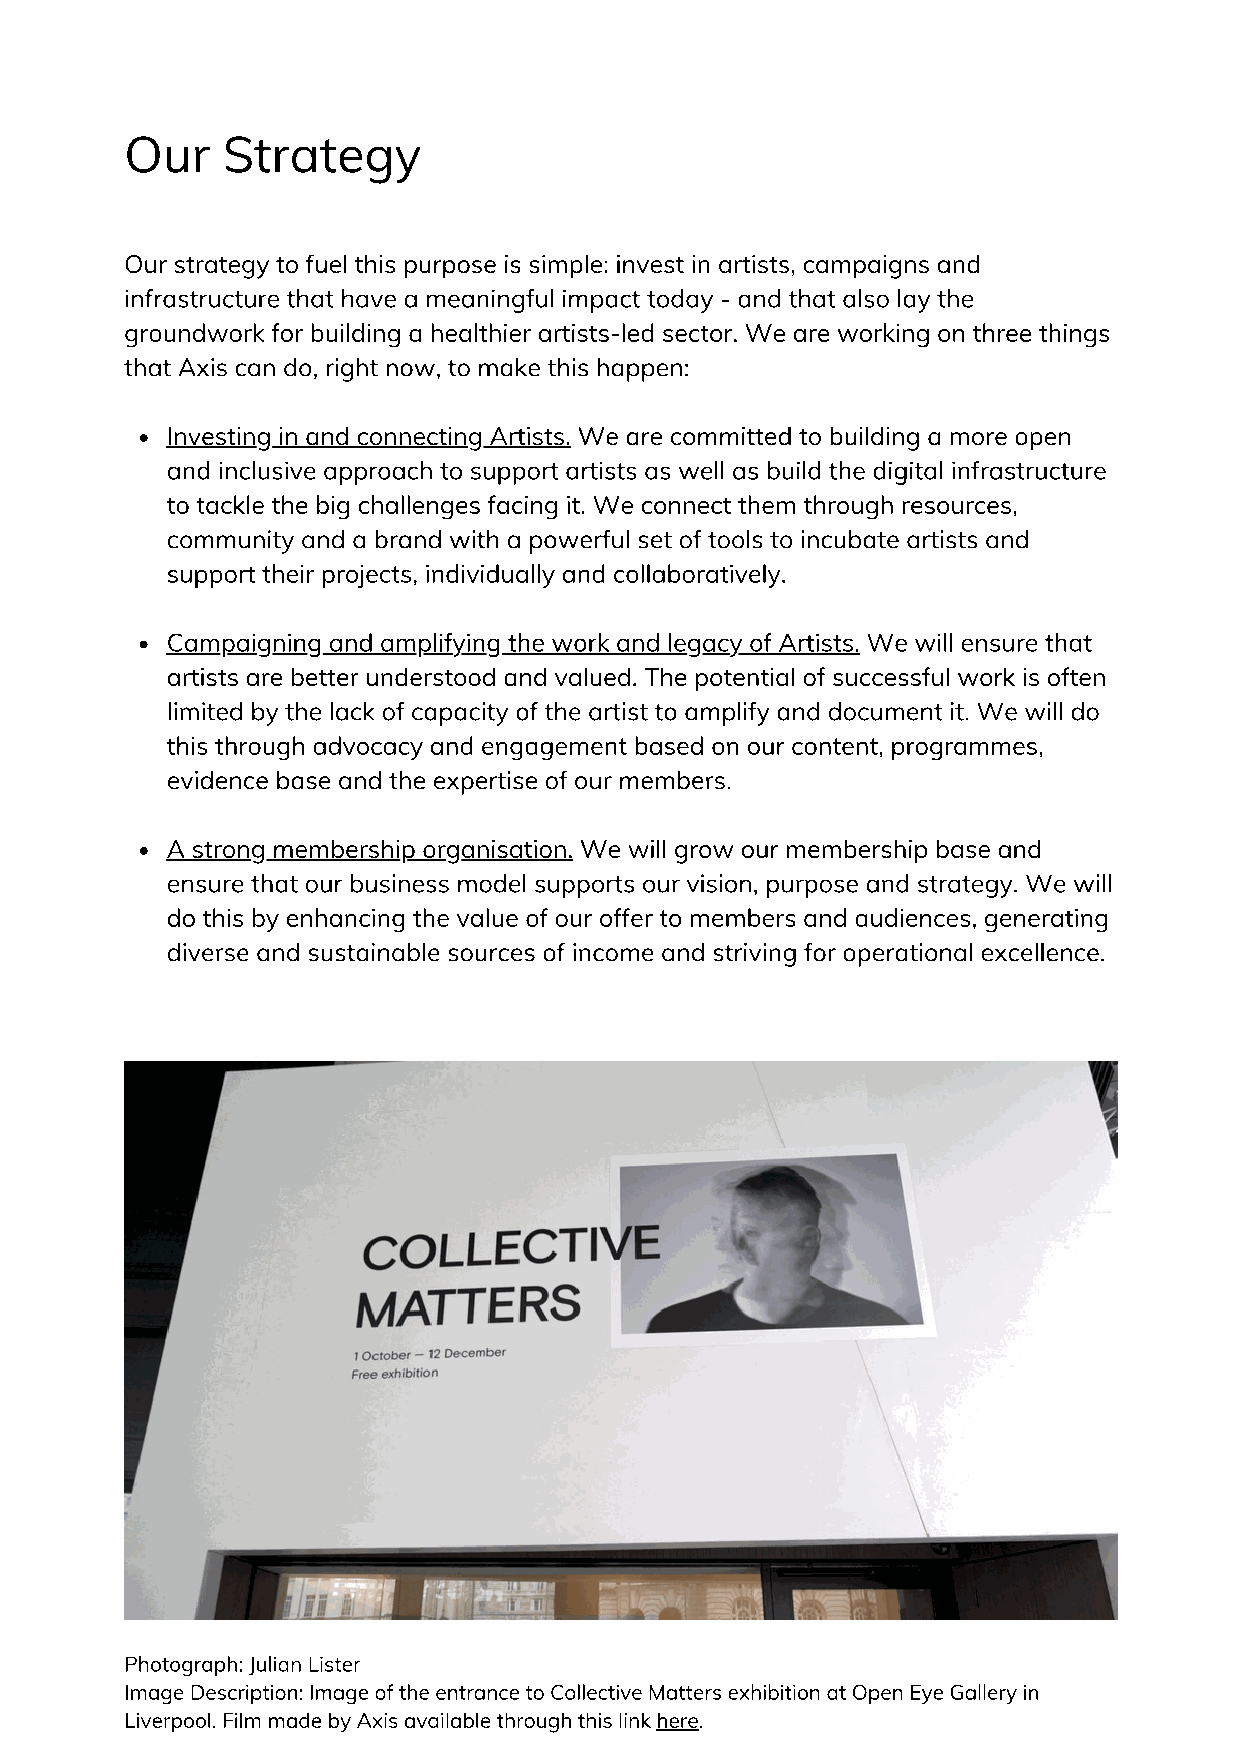
Our    Strategy
 Our strategy to fuel this purpose is simple: invest in artists, campaigns and
 infrastructure that have a meaningful impact today - and that also lay the
 groundwork for building a healthier artists-led sector. We are working on three things
 that Axis can do, right now, to make this happen:
 Investing in and connecting Artists. We are committed to building a more open
 and inclusive approach to support artists as well as build the digital infrastructure
 to tackle the big challenges facing it. We connect them through resources,
 community and a brand with a powerful set of tools to incubate artists and
 support their projects, individually and collaboratively.
 Campaigning and amplifying the work and legacy of Artists. We will ensure that
 artists are better understood and valued. The potential of successful work is often
 limited by the lack of capacity of the artist to amplify and document it. We will do
 this through advocacy and engagement based on our content, programmes,
 evidence base and the expertise of our members.
 A strong membership organisation. We will grow our membership base and
 ensure that our business model supports our vision, purpose and strategy. We will
 do this by enhancing the value of our offer to members and audiences, generating
 diverse and sustainable sources of income and striving for operational excellence.
 Photograph: Julian Lister
 Image Description: Image of the entrance to Collective Matters exhibition at Open Eye Gallery in
 Liverpool. Film made by Axis available through this link here.